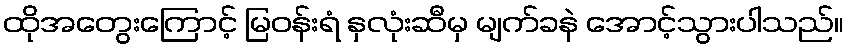
ထိုအတွေးကြောင့် မြဝန်းရံ နှလုံးဆီမှ မျက်ခနဲ အောင့်သွားပါသည်။